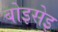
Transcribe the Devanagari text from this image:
बोइसेइ